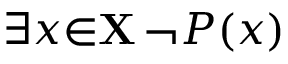
\exists { x } { \in } \mathbf { X } \, \lnot P ( x )